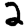
Digit: 2